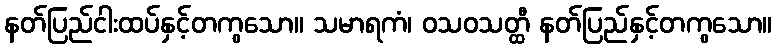
နတ်ပြည်ငါးထပ်နှင့်တကွသော။ သမာရကံ၊ ဝသဝသတ္ထီ နတ်ပြည်နှင့်တကွသော။